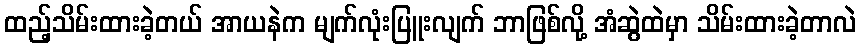
ထည့်သိမ်းထားခဲ့တယ် အာယနဲက မျက်လုံးပြူးလျက် ဘာဖြစ်လို့ အံဆွဲထဲမှာ သိမ်းထားခဲ့တာလဲ